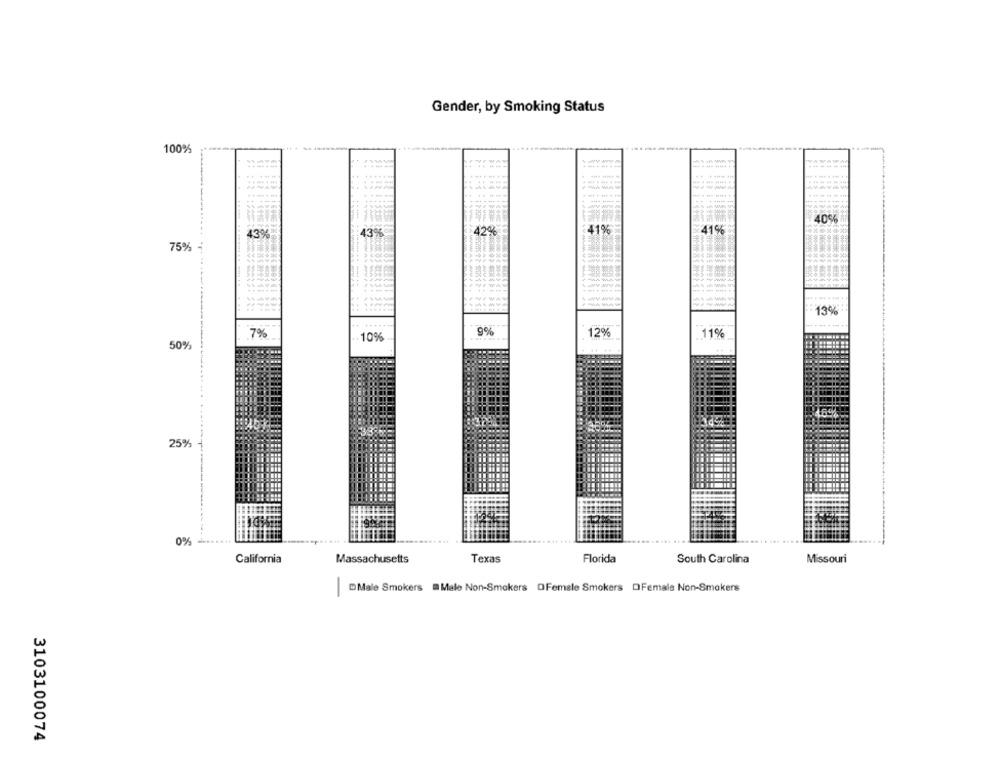
Gender, by Smoking Status
-----
100%
--
40%
₹41%
41%
43%
43%
4.20%
75%
13%
7%
9%
12%
11%
10%
50%
25%
0%
California
Massachusetts
Texas
Florida
South Carolina
Missouri
-
Male Smokers Male Non-Smokers OFemale Smokers OFemale Non-Smokers
3103100074